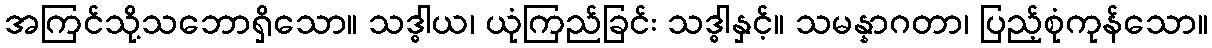
အကြင်သို့သဘောရှိသော။ သဒ္ဓါယ၊ ယုံကြည်ခြင်း သဒ္ဓါနှင့်။ သမန္နာဂတာ၊ ပြည့်စုံကုန်သော။